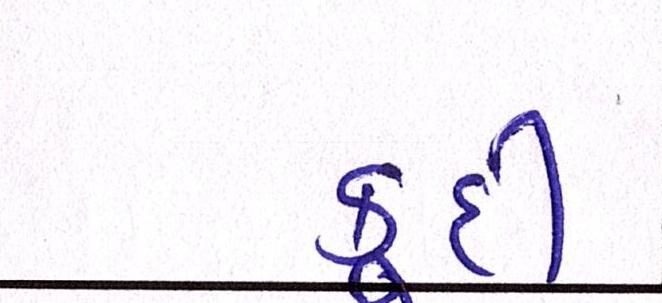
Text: કૂદી